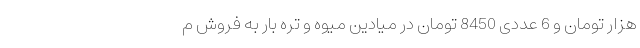
هزار تومان و 6 عددی 8450 تومان در میادین میوه و تره بار به فروش م